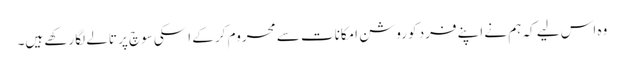
وہ اس لیے کہ ہم نے اپنے فرد کو روشن امکانات سے محروم کر کے اسکی سوچ پر تالے لگا رکھے ہیں۔